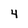
Character: 4